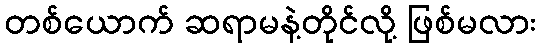
တစ်ယောက် ဆရာမနဲ့တိုင်လို့ ဖြစ်မလား